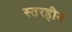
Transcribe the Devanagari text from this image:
स्तरहीन